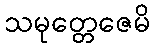
သမုတ္တေဇေမိ